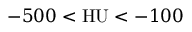
- 5 0 0 < \mathrm { H U } < - 1 0 0